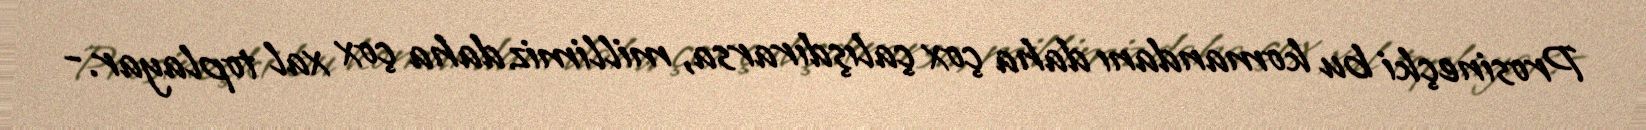
Prosineçki bu komandanı daha çox çalışdırarsa, millimiz daha çox xal toplayar.-